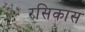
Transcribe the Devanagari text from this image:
रसिकास